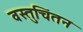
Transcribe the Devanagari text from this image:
वस्तुचिंतन